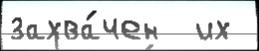
захва́чен  их